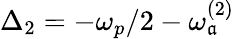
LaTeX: \Delta_{2}=-\omega_{p}/2-\omega_{\mathfrak{a}}^{(2)}